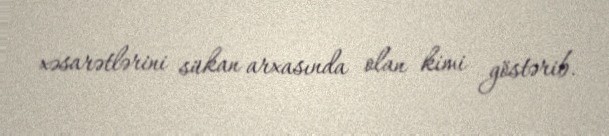
xəsarətlərini sükan arxasında olan kimi göstərib.